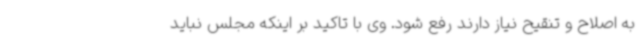
به اصلاح و تنقیح نیاز دارند رفع شود. وی با تاکید بر اینکه مجلس نباید